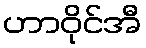
ဟာဝိုင်အီ